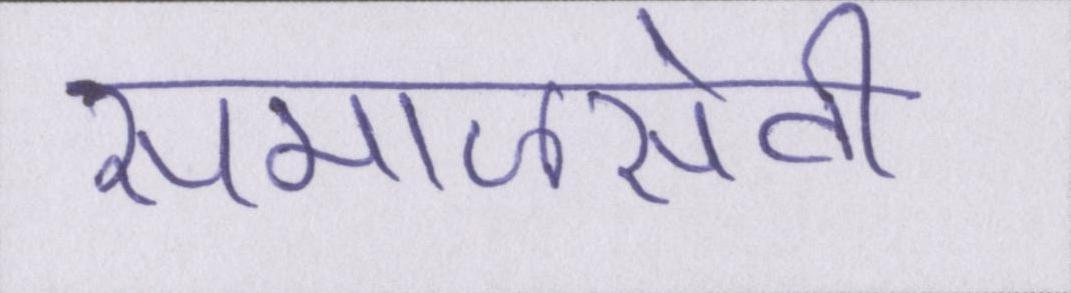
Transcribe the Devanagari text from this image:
समाजसेवी